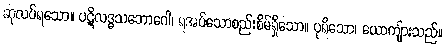
ဆုလပ်ရသော။ ပဋိလဒ္ဓသဘောဂေါ၊ ရအပ်သောစည်းစိမ်ရှိသော။ ပုရိသော၊ ယောကျ်ားသည်။